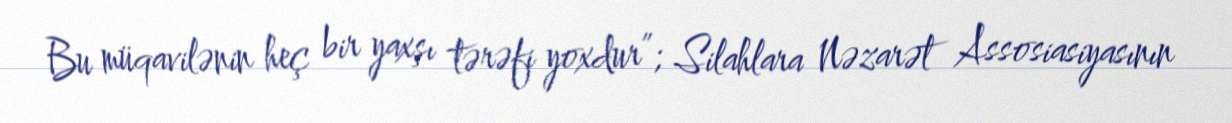
Bu müqavilənin heç bir yaxşı tərəfi yoxdur”; Silahlara Nəzarət Assosiasiyasının